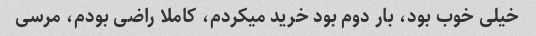
خیلی خوب بود، بار دوم بود خرید میکردم، کاملا راضی بودم، مرسی